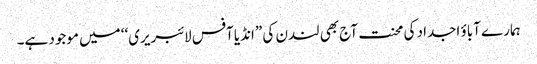
ہمارے آباؤ اجداد کی محنت آج بھی لندن کی ”انڈیا آفس لائبریری‘‘ میں موجود ہے۔